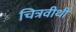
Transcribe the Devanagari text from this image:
चित्रवीथी